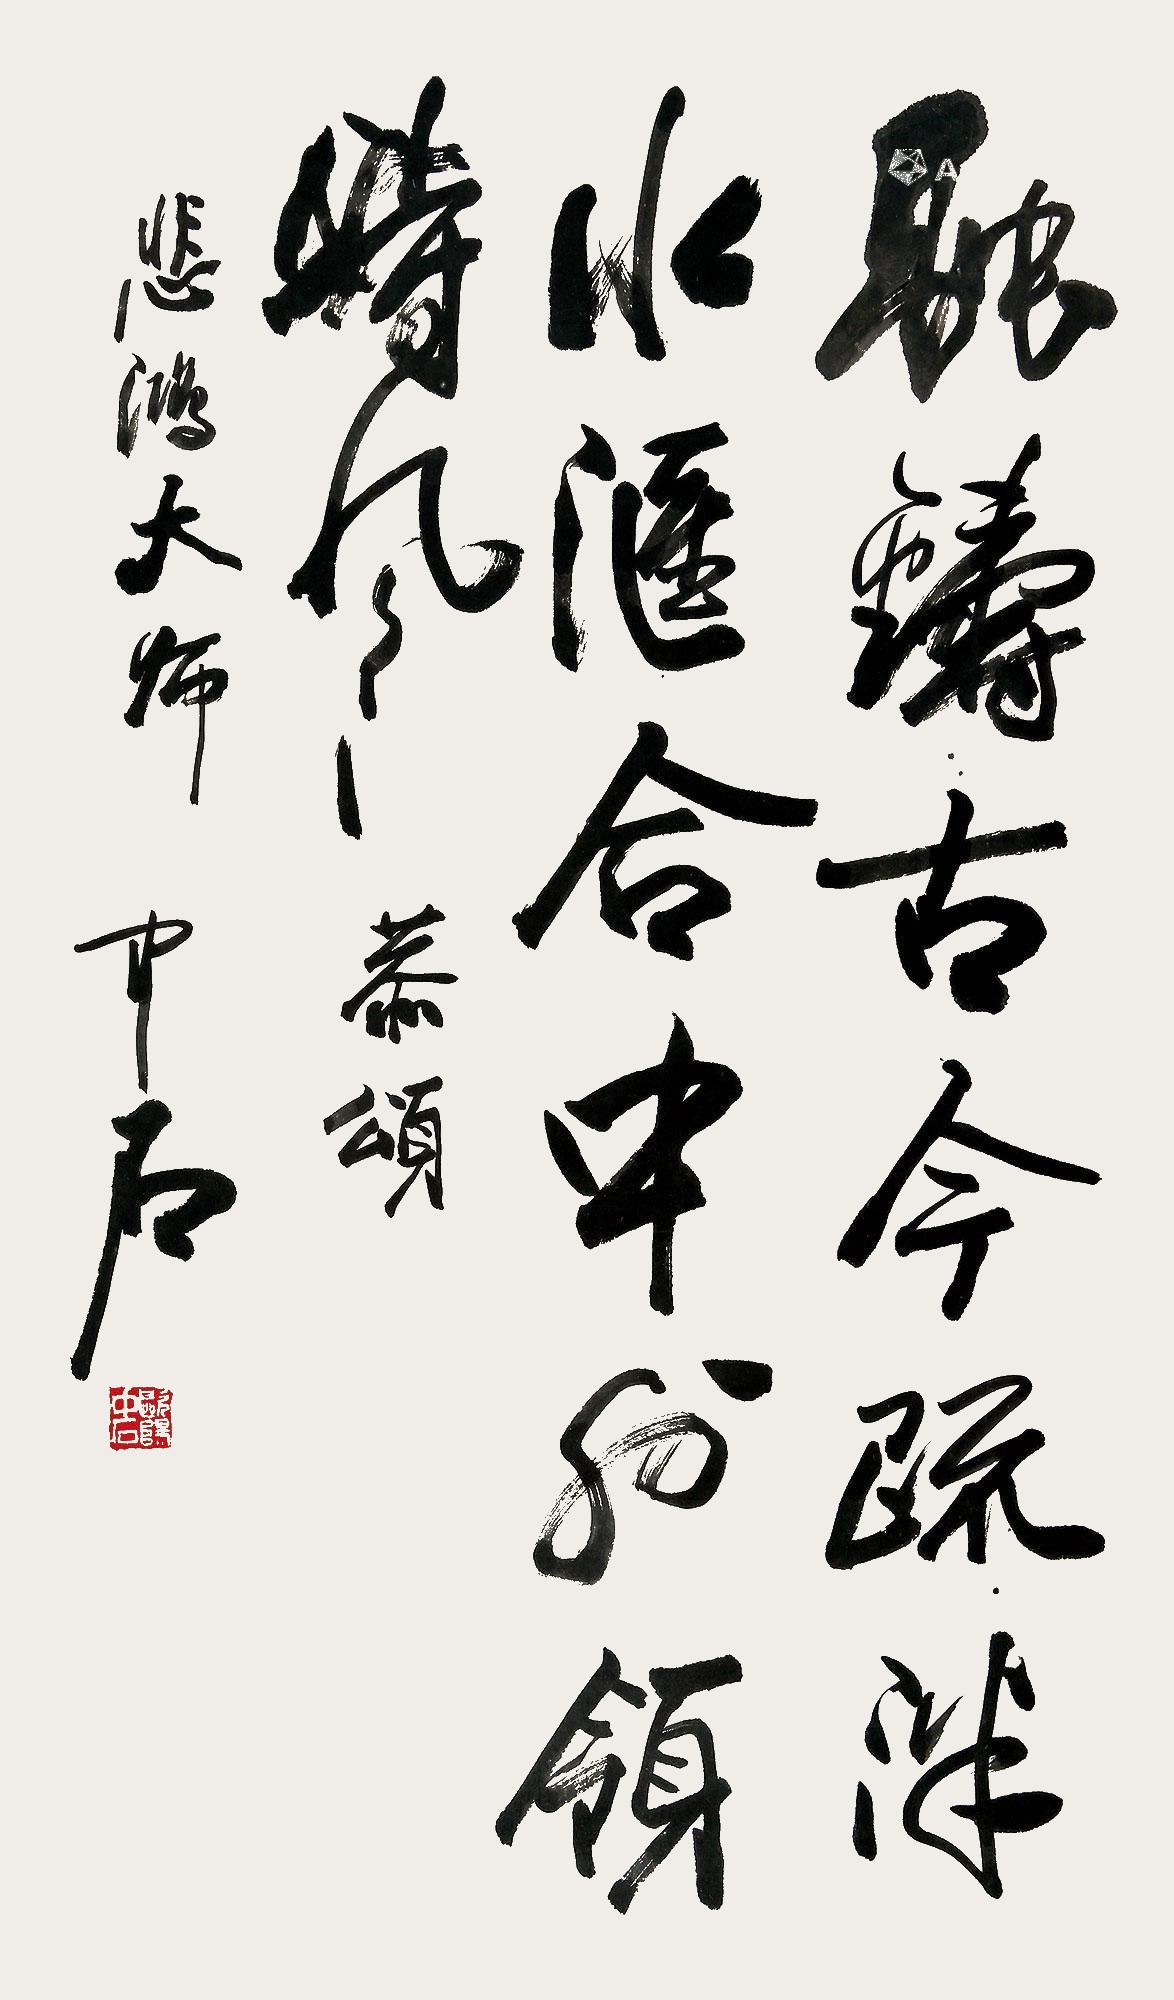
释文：融铸古今疏泮水，汇合中外领时风。恭颂悲鸿大师，中石。